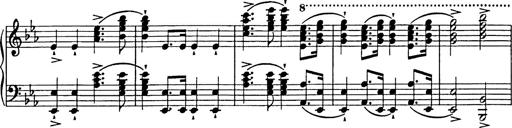
Title: Festmarsch zur SÃ¤cularfeier von Goethes Geburtstag
Composer: Franz Liszt